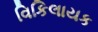
વિકિલાયક